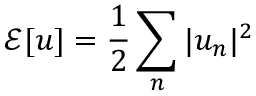
\mathcal { E } [ u ] = \frac { 1 } { 2 } \sum _ { n } | u _ { n } | ^ { 2 }